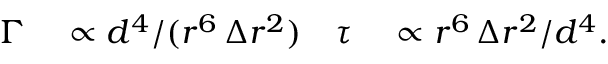
\begin{array} { r l r l } { \Gamma } & { { } \propto d ^ { 4 } / ( r ^ { 6 } \, \Delta r ^ { 2 } ) } & { \tau } & { { } \propto r ^ { 6 } \, \Delta r ^ { 2 } / d ^ { 4 } . } \end{array}